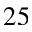
2 5